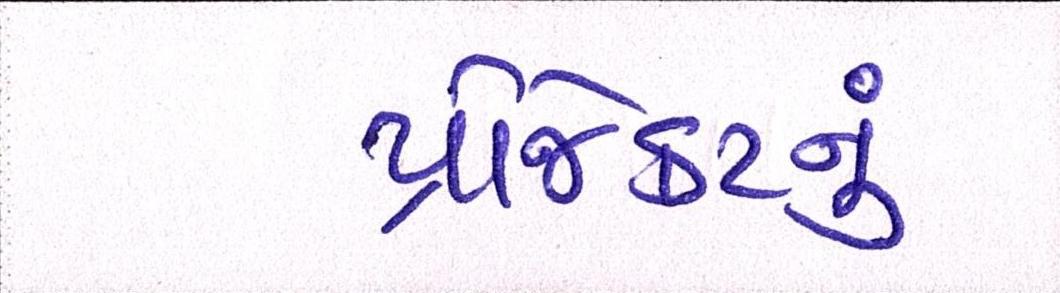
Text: પ્રોજેકટનું